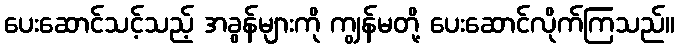
ပေးဆောင်သင့်သည့် အခွန်များကို ကျွန်မတို့ ပေးဆောင်လိုက်ကြသည်။